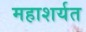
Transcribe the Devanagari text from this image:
महाशर्यत